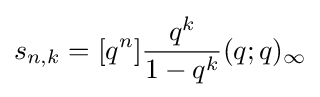
s_{n,k}=[q^{n}]{\frac {q^{k}}{1-q^{k}}}(q;q)_{\infty }